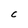
Character: C